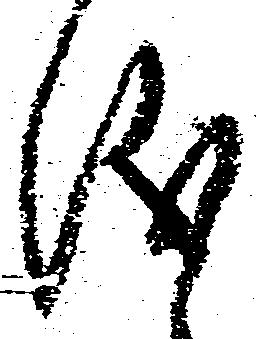
儀